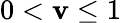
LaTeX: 0<\mathbf{v}\le1